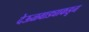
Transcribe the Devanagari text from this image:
देऊळवाड्याकडून